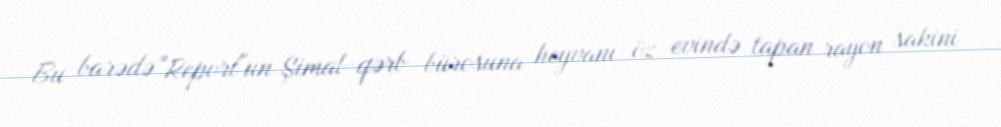
Bu barədə "Report"un Şimal-qərb bürosuna heyvanı öz evində tapan rayon sakini